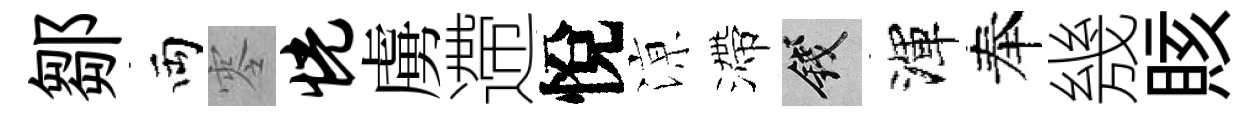
鄒両零恍虜遰悅鿌滯錢渾奉㡬賅